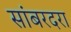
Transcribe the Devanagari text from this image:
सांबरदरा